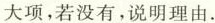
大项，若没有，说明理由。